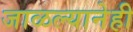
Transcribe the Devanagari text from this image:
जाळल्यानेही